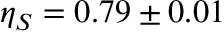
\eta _ { S } = 0 . 7 9 \pm 0 . 0 1